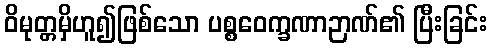
ဝိမုတ္တမှိဟူ၍ဖြစ်သော ပစ္စဝေက္ခဏာဉာဏ်၏ ပြီးခြင်း